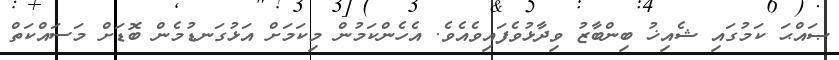
ޞައްޙަ ކަމުގައި ޝެއިޚު ބިންބާޒު ވިދާޅުވެފައިވެއެވެ. އެހެންކަމުން މިކަމަށް އަޅުގަނޑުމެން ބޮޑަށް މަސައްކަތް